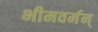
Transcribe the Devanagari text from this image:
भीमवर्मन्